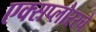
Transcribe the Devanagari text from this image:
एक्सप्लोररचे